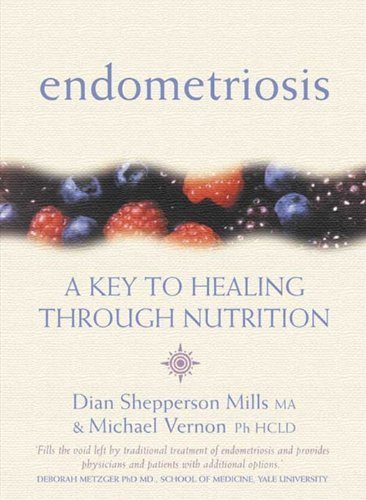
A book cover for Endometriosis: A Key to Healing Through Nutrition 1st edition by Mills, Dian Shepperson; Vernon, Michael published by Thorsons Paperback; Health, Fitness & Dieting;